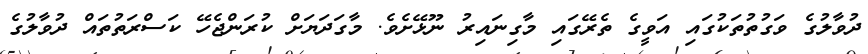
ދުވާލުގެ ވަގުތުތަކުގައި އަވީގެ ތެރޭގައި މާގިނައިރު ނޫޅޭށެވެ. މާގަދަޔަށް ކުރަންޖެހޭ ކަސްރަތުތައް ދުވާލުގެ